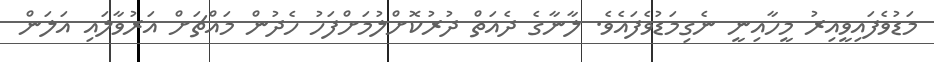
މަޑުވެފައިވީއިރު މީހާއިނީ ނެގިމަޑުވެފައެވެ. ލާނާގެ ދެއަތް ދުރުކޮށްލުމަށްފަހު ހެދުން މައްޗަށް އަރުވާލައި އަލަން